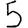
Digit: 5